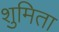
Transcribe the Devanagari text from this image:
शुमिता